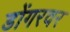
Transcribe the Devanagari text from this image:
डोंगरवर